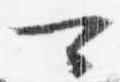
可